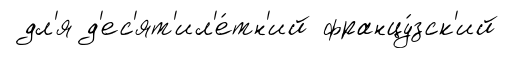
дл'я д'ес'ят'ил'е́тн'ий францу́зск'ий